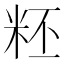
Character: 𥹂